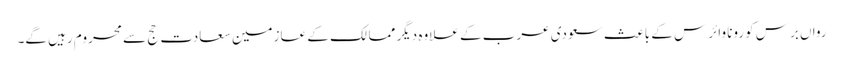
رواں برس کورونا وائرس کے باعث سعودی عرب کے علاوہ دیگر ممالک کے عازمین سعادت حج سے محروم رہیں گے۔